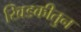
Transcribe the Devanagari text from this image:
खिडकीतुन